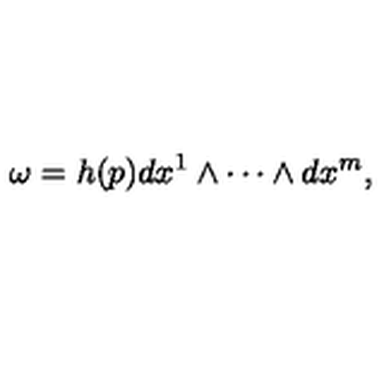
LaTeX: \omega = h ( p ) d x ^ { 1 } \wedge \cdots \wedge d x ^ { m } ,